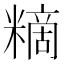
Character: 䊞